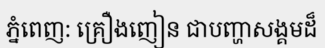
ភ្នំពេញ: គ្រឿងញៀន ជាបញ្ហាសង្គមដ៏